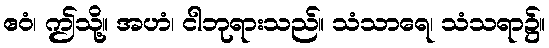
ဧဝံ၊ ဤသို့။ အဟံ၊ ငါဘုရားသည်။ သံသာရေ၊ သံသရာ၌။